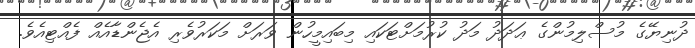
ދުނިޔޭގެ މުސްލިމުންގެ ޢަދަދު މަދު ކުރުމަށްޓަކައި މިބައިމީހުން ވަރަށް މަކަރުވެރި އެޖެންޑާއެއް ފެއްޓިއެވެ.